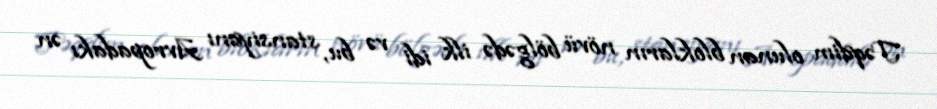
Təqdim olunan blokların növü bölgədə ilk idi və bu, stansiyanı Avropadakı ən